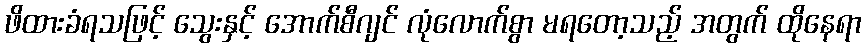
ဖိထားခံရသဖြင့် သွေးနှင့် အောက်စီဂျင် လုံလောက်စွာ မရတော့သည့် အတွက် ထိုနေရာ